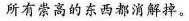
所有崇高的东西都消解掉。